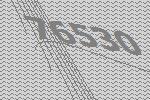
76530